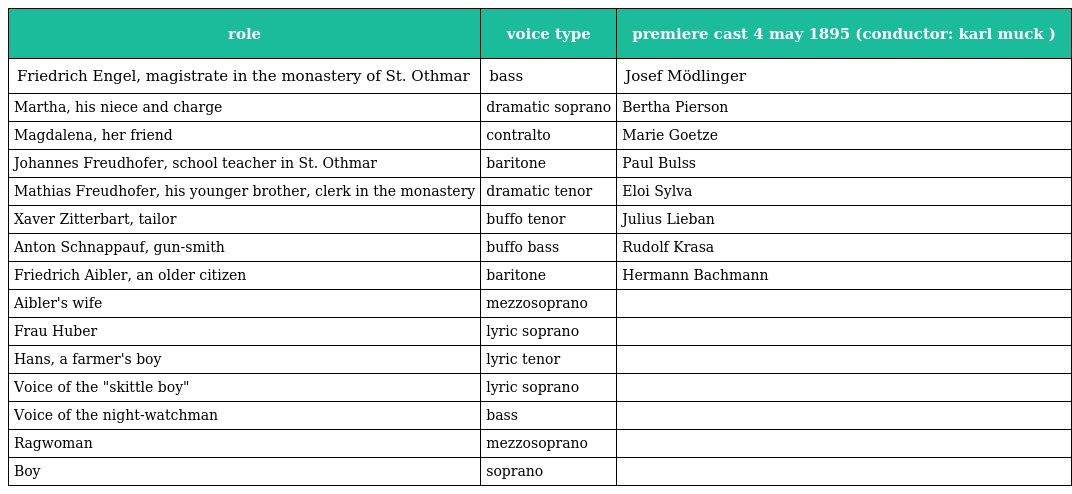
| role | voice type | premiere cast 4 may 1895 (conductor: karl muck ) |
 | --- | --- | --- |
 | Friedrich Engel, magistrate in the monastery of St. Othmar | bass | Josef Mödlinger |
 | Martha, his niece and charge | dramatic soprano | Bertha Pierson |
 | Magdalena, her friend | contralto | Marie Goetze |
 | Johannes Freudhofer, school teacher in St. Othmar | baritone | Paul Bulss |
 | Mathias Freudhofer, his younger brother, clerk in the monastery | dramatic tenor | Eloi Sylva |
 | Xaver Zitterbart, tailor | buffo tenor | Julius Lieban |
 | Anton Schnappauf, gun-smith | buffo bass | Rudolf Krasa |
 | Friedrich Aibler, an older citizen | baritone | Hermann Bachmann |
 | Aibler's wife | mezzosoprano |  |
 | Frau Huber | lyric soprano |  |
 | Hans, a farmer's boy | lyric tenor |  |
 | Voice of the "skittle boy" | lyric soprano |  |
 | Voice of the night-watchman | bass |  |
 | Ragwoman | mezzosoprano |  |
 | Boy | soprano |  |